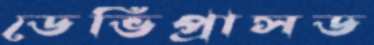
ডেভিপ্রাসড